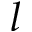
^ Ḋ l Ḍ